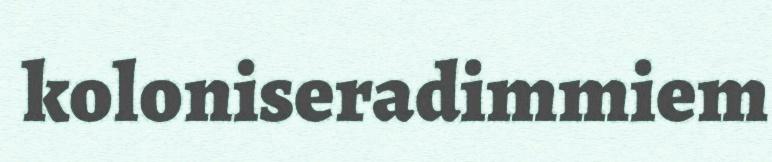
koloniseradimmiem